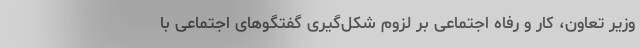
وزیر تعاون، کار و رفاه اجتماعی بر لزوم شکل‌گیری گفتگوهای اجتماعی با